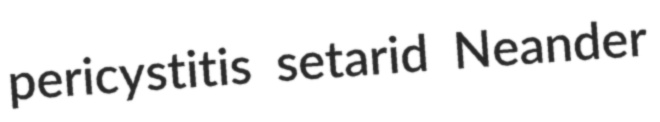
pericystitis setarid Neander